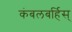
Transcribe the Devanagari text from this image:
कंबलबर्हिस्